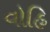
વોહિ